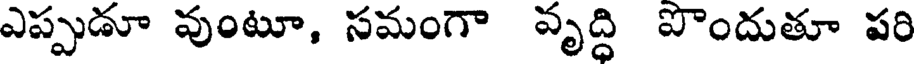
ఎప్పుడూ వుంటూ, సమంగా వృద్ధి పొందుతూ పరి